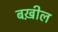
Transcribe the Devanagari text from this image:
बख़ील